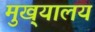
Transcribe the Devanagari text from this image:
मुख्‌यालय